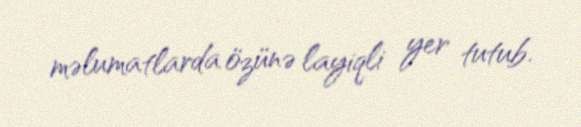
məlumatlarda özünə layiqli yer tutub.